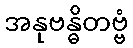
အနုဗန္ဓိတဗ္ဗံ